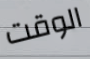
الوقت